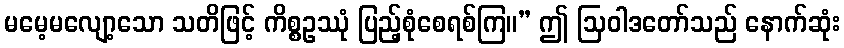
မမေ့မလျော့သော သတိဖြင့် ကိစ္စဥဿုံ ပြည့်စုံစေရစ်ကြ။” ဤ ဩဝါဒတော်သည် နောက်ဆုံး